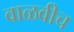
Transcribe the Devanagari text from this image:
वाळवीच